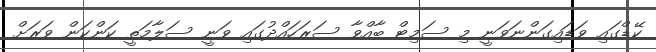
ކޭޑްގައި ވަޑައިގަންނަވަނީ މި ސަމިޓް ބާއްވާ ސަރަހައްދުގައި ވަނީ ސަލާމަތީ ކަންކަން ވަރަށް